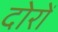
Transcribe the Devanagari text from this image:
दोरों